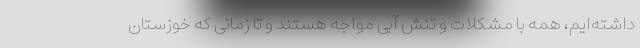
داشته‌ایم، همه با مشکلات و تنش آبی مواجه هستند و تا زمانی که خوزستان